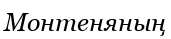
Монтеняның